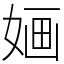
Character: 婳